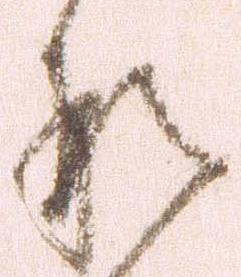
形